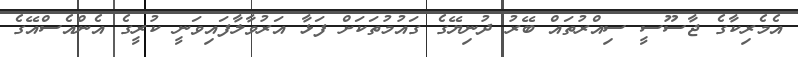
އެމެރިކާގެ ޖާސޫސީ ސިއްރުތައް ބޭރު ދުނިޔޭގެ ގައުމުތަކަށް ފަޅާ އަރުވާލާފައިވަނީ ކުރީގެ އެންއެސްއޭގެ